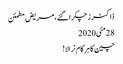
ڈاکٹرز چکرا گئے، مریض مطمئن
28مئی2020
چین کا ہر کام نرالا!